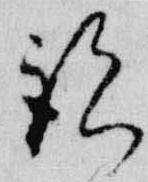
説